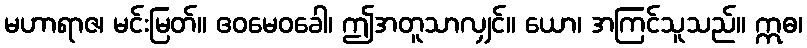
မဟာရာဇ၊ မင်းမြတ်။ ဧဝမေဝခေါ၊ ဤအတူသာလျှင်။ ယော၊ အကြင်သူသည်။ ဣဓ၊